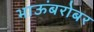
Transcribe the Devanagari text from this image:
भाऊंबरोबर